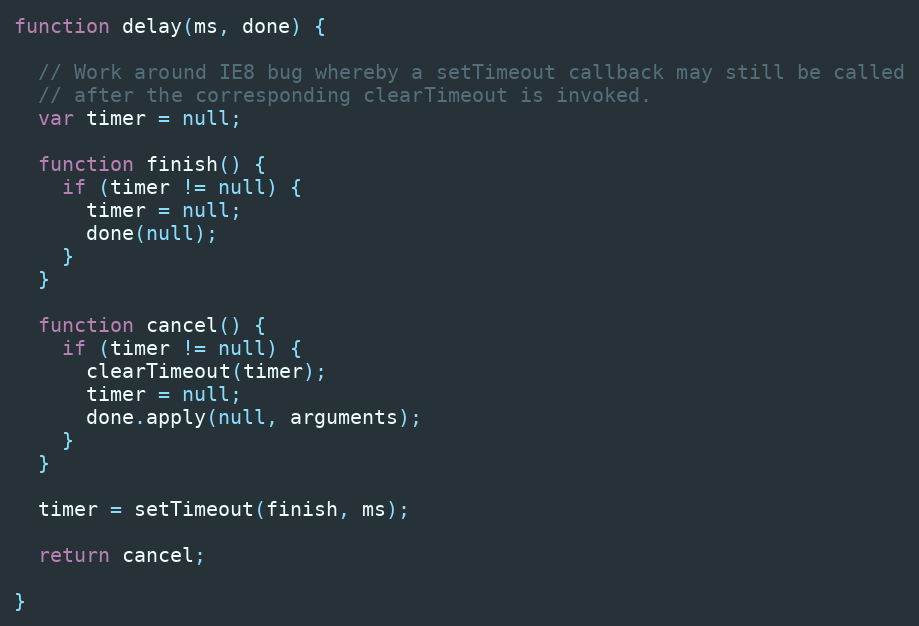
Language: JavaScript
function delay(ms, done) {

  // Work around IE8 bug whereby a setTimeout callback may still be called
  // after the corresponding clearTimeout is invoked.
  var timer = null;

  function finish() {
    if (timer != null) {
      timer = null;
      done(null);
    }
  }

  function cancel() {
    if (timer != null) {
      clearTimeout(timer);
      timer = null;
      done.apply(null, arguments);
    }
  }

  timer = setTimeout(finish, ms);

  return cancel;

}